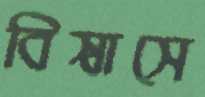
বিস্বাসে